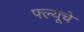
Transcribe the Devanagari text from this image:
फ्ल्यूचे